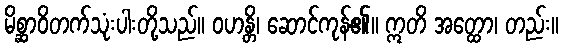
မိစ္ဆာဝိတက်သုံးပါးတို့သည်။ ဝဟန္တိ၊ ဆောင်ကုန်၏။ ဣတိ အတ္ထော၊ တည်း။